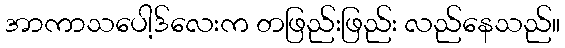
အာကာသပေါ့ဒ်လေးက တဖြည်းဖြည်း လည်နေသည်။